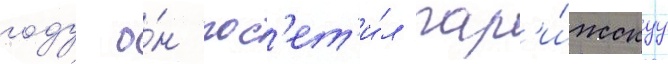
году о́н пос'ет'и́л пар'и́жскуу